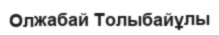
Олжабай Толыбайұлы